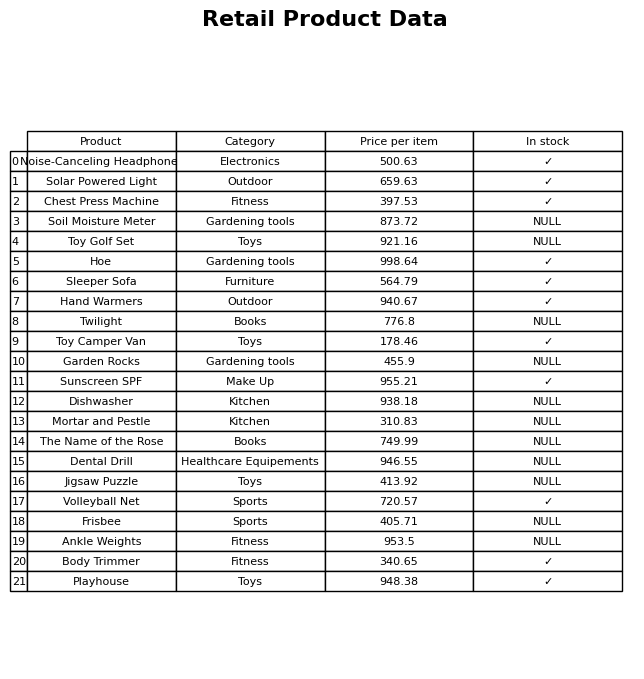
question: Is the Toy Golf Set in stock?
answer: NULL